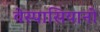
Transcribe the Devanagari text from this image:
वेस्पासियानो